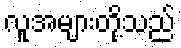
လူအများတို့သည်